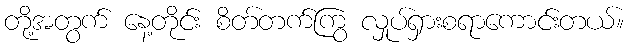
တို့အတွက် နေ့တိုင်း စိတ်တက်ကြွ လှုပ်ရှားစရာကောင်းတယ်။